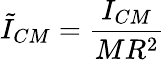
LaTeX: \tilde{I}_{CM}=\frac{I_{CM}}{MR^{2}}